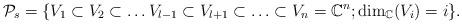
LaTeX: \begin{align*} \mathcal{P}_s=\{V_1\subset V_2\subset \ldots V_{l-1}\subset V_{l+1}\subset\ldots \subset V_{n}=\mathbb{C}^n; \dim_{\mathbb{C}}(V_i)=i\}. \end{align*}